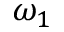
\omega _ { 1 }